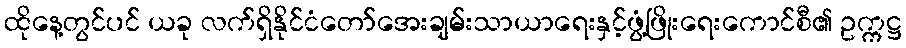
ထိုနေ့တွင်ပင် ယခု လက်ရှိနိုင်ငံတော်အေးချမ်းသာယာရေးနှင့်ဖွံ့ဖြိုးရေးကောင်စီ၏ ဥက္ကဋ္ဌ